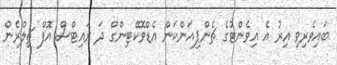
ބައިވެރިވި އިރު އެ އިވެންޓުގެ ޗެންޕިއަންކަން އެޑްވޮކޭޓިންގް ދަ ރައިޓްސް އޮފް ޗިލްރެން